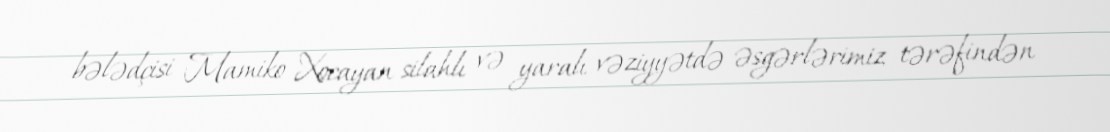
bələdçisi Mamiko Xocayan silahlı və yaralı vəziyyətdə əsgərlərimiz tərəfindən